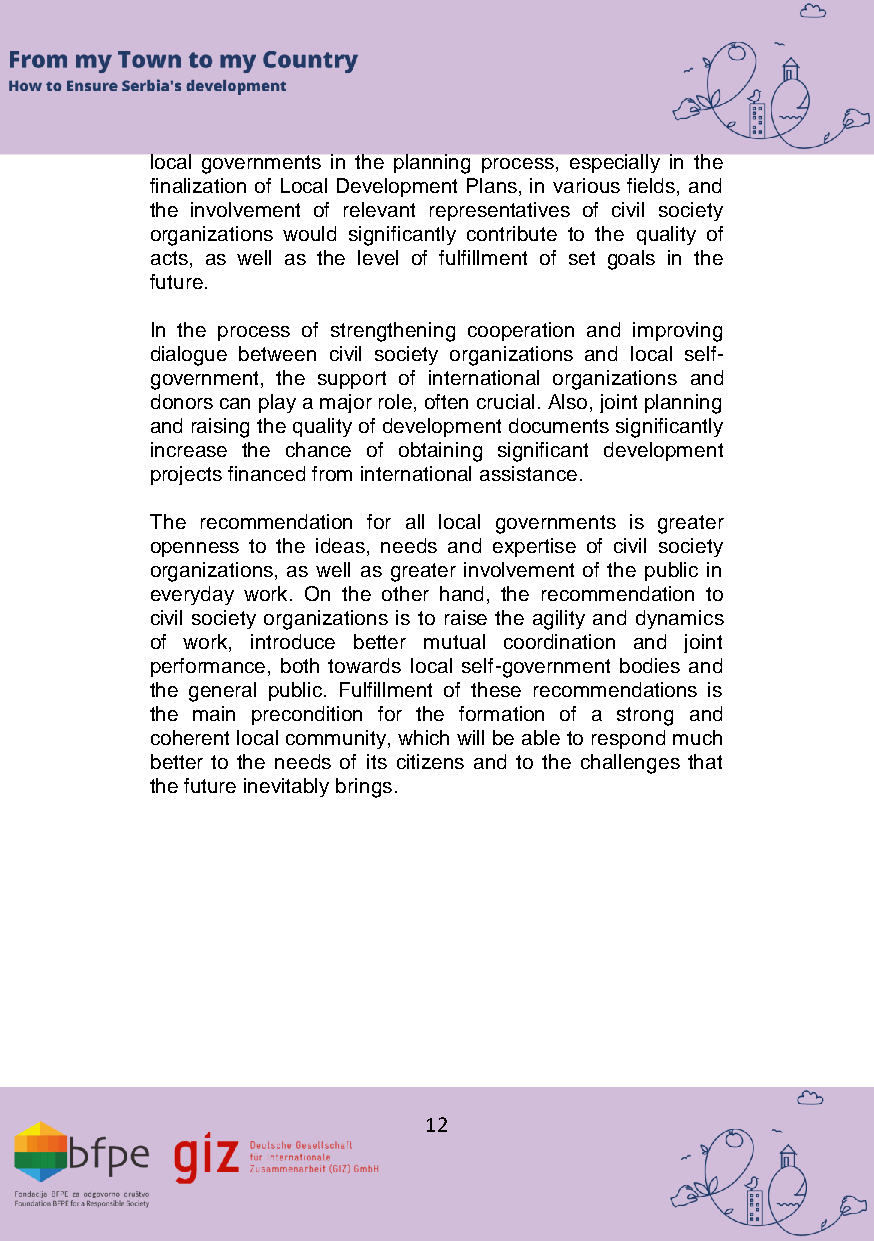
local governments in the planning process, especially in the
 finalization of Local Development Plans, in various fields, and
 the involvement of relevant representatives of civil society
 organizations would significantly contribute to the quality of
 acts, as well as the level of fulfillment of set goals in the
 future.
 In the process of strengthening cooperation and improving
 dialogue between civil society organizations and local self-
 government, the support of international organizations and
 donors can play a major role, often crucial. Also, joint planning
 and raising the quality of development documents significantly
 increase the chance of obtaining significant development
 projects financed from international assistance.
 The recommendation for all local governments is greater
 openness to the ideas, needs and expertise of civil society
 organizations, as well as greater involvement of the public in
 everyday work. On the other hand, the recommendation to
 civil society organizations is to raise the agility and dynamics
 of work, introduce better mutual coordination and joint
 performance, both towards local self-government bodies and
 the general public. Fulfillment of these recommendations is
 the main precondition for the formation of a strong and
 coherent local community, which will be able to respond much
 better to the needs of its citizens and to the challenges that
 the future inevitably brings.
 12